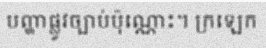
បញ្ហាផ្លូវច្បាប់ប៉ុណ្ណោះ។ ក្រឡេក